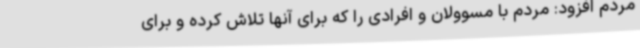
مردم افزود: مردم با مسوولان و افرادی را که برای آنها تلاش کرده و برای